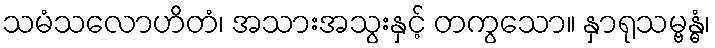
သမံသလောဟိတံ၊ အသားအသွးနှင့် တကွသော။ နှာရုသမ္ဗန္ဓံ၊